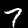
Digit: 7